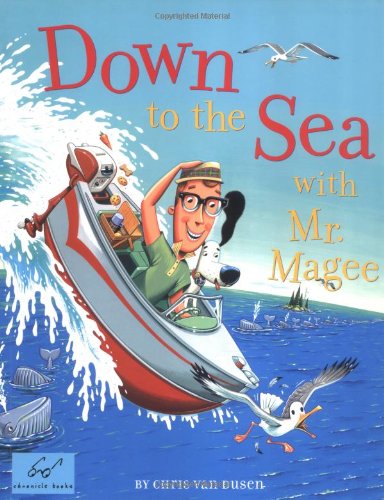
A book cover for Down to the Sea with Mr. Magee; Chris Van Dusen; Children's Books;